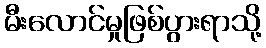
မီးလောင်မှုဖြစ်ပွားရာသို့